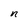
Character: n